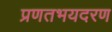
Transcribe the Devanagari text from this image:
प्रणतभयदरण